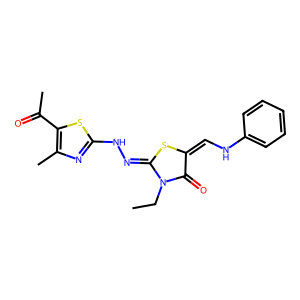
SMILES: CCN1C(=O)C(=CNc2ccccc2)SC1=NNc1nc(C)c(C(C)=O)s1
Inhibits HIV replication: No